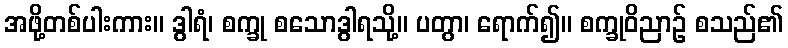
အဖို့တစ်ပါးကား။ ဒွါရံ၊ စက္ခု စသောဒွါရသို့။ ပတွာ၊ ရောက်၍။ စက္ခုဝိညာဉ် စသည်၏